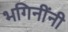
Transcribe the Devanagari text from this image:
भगिनींनी